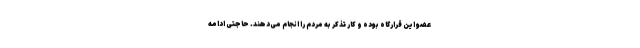
عضو این قرارگاه بوده و کار تذکر به مردم را انجام می‌دهند. حاجتی ادامه